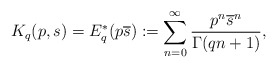
\begin{align*}K_q(p,s)=E_q^*(p\overline{s}):=\displaystyle \sum_{n=0}^\infty \frac{p^n\overline{s}^n}{\Gamma(qn+1)},\end{align*}